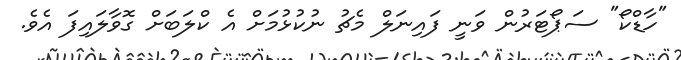
"ހާޑްކޯ" ސަޕޯޓަރުން ވަނީ ފައިނަލް މެޗު ނުކުޅުމަށް އެ ކްލަބަށް ގޮވާލައިފަ އެވެ.